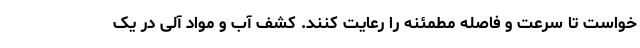
خواست تا سرعت و فاصله مطمئنه را رعایت کنند. کشف آب و مواد آلی در یک